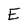
Character: E